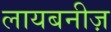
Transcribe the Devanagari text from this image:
लायबनीज़